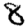
Digit: 8